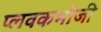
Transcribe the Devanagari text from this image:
प्लवकभोजी